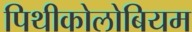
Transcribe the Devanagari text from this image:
पिथीकोलोबियम